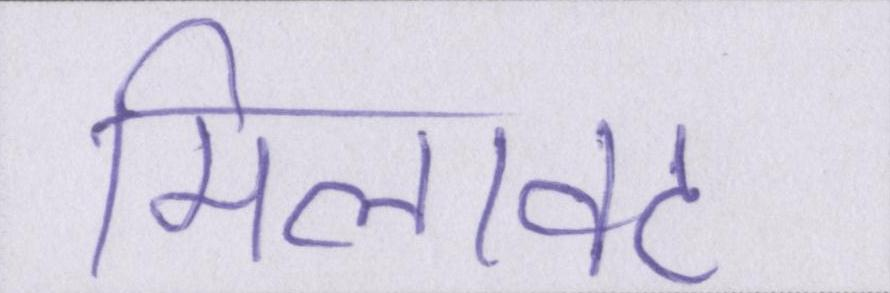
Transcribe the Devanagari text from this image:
मिलावट